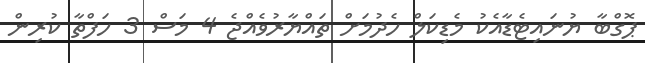
ޕޮގްބާ ޔުނައިޓެޑާއެކު މެޑިކަލް ހެދުމަށް ތައްޔާރުވެއްޖެ 4 މަސް 3 ހަފްތާ ކުރިން